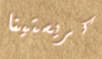
كريستينا